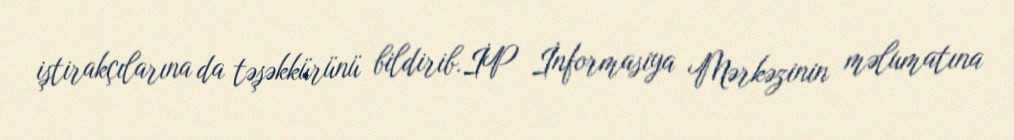
iştirakçılarına da təşəkkürünü bildirib.İP İnformasiya Mərkəzinin məlumatına